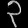
Digit: ၃